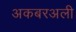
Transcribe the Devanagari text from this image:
अकबरअली